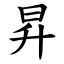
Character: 昇